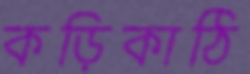
কড়িকাঠি